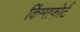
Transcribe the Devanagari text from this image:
किंग्सफोर्ट